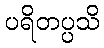
ပရိတပ္ပသိ